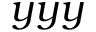
y y y